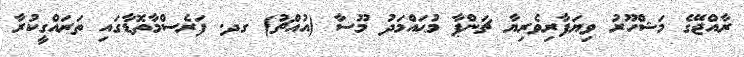
ރާއްޖޭގެ މަޝްހޫރު ވިޔަފާރިވެރިޔާ ޗަންޕާ މުޙައްމަދު މޫސާ (އުއްޗު) ގދ. ފަރެސްމާތޮޑާގައި ތަރައްގީކުރާ